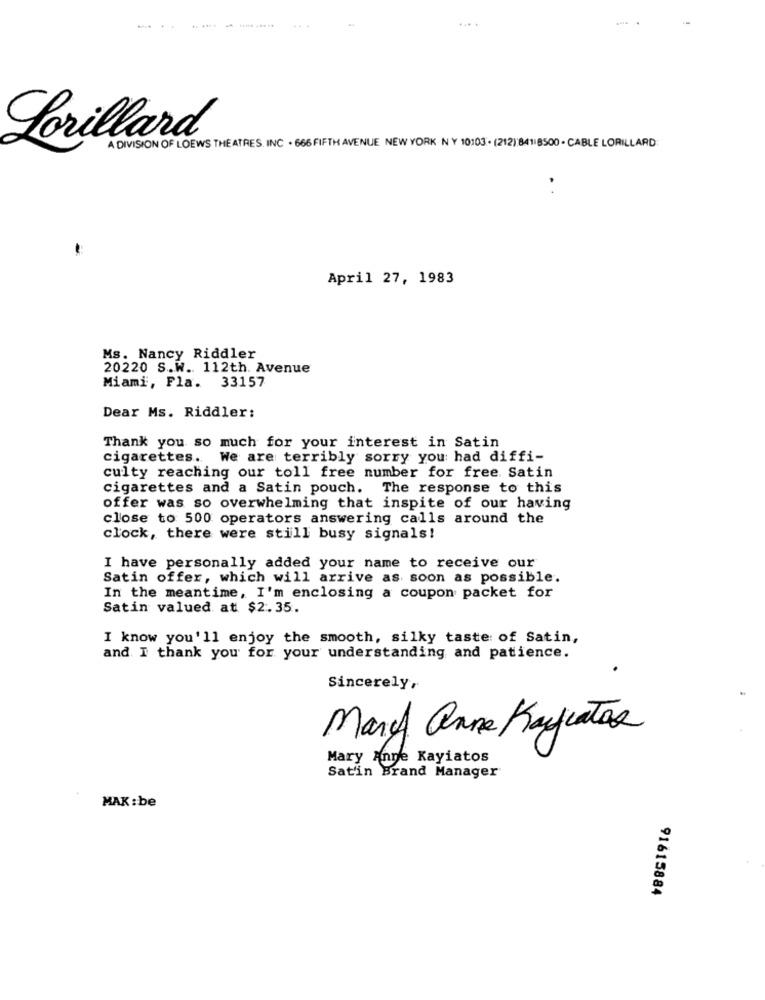
... .
Lorillard
A DIVISION OF LOEWS THE ATRES. INC . 666 FIFTH AVENUE NEW YORK NY 10103 . (212) 84118500 . CABLE LORILLARD
.
April 27, 1983
Ms. Nancy Riddler
20220 S.W .. 112th. Avenue
Miami, Fla. 33157
Dear Ms. Riddler:
Thank you so much for your interest in Satin
cigarettes. We are terribly sorry you had diffi-
culty reaching our toll free number for free. Satin
cigarettes and a Satin pouch. The response to this
offer was so overwhelming that inspite of our having
close to 500 operators answering calls around the
clock, there were still busy signals!
I have personally added your name to receive our
Satin offer, which will arrive as soon as possible.
In the meantime, I'm enclosing a coupon packet for
Satin valued at $2.35.
I know you'll enjoy the smooth, silky taste of Satin,
and. I thank you for your understanding and patience.
Sincerely,
Mary anne Kaufcatas
Mary Anne Kayiatos
Satin Brand Manager
MAK: be
91615884